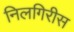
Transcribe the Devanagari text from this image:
निलगिरीस